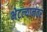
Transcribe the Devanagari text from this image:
भेटल्यानंतर